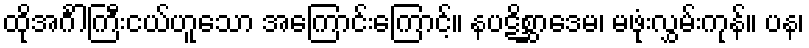
ထိုအင်္ဂါကြီးငယ်ဟူသော အကြောင်းကြောင့်။ နပဋိစ္ဆာဒေမ၊ မဖုံးလွှမ်းကုန်။ ပန၊